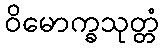
ဝိမောက္ခသုတ္တံ